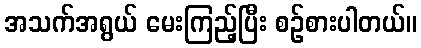
အသက်အရွယ် မေးကြည့်ပြီး စဉ်စားပါတယ်။